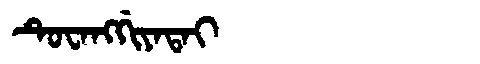
Manchu: ᡨᡠᠸᠠᠩᡤᡳᠶᠠᡨᠠᡳ
Romanization: TUWANGGIYATAI